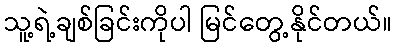
သူ့ရဲ့ချစ်ခြင်းကိုပါ မြင်တွေ့နိုင်တယ်။